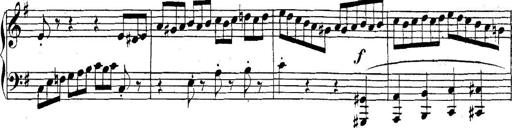
Title: Collected Piano Sonatas
Composer: Muzio Clementi